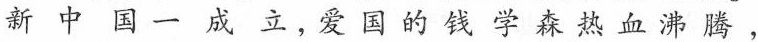
新中国一成立，爱国的钱学森热血沸腾，